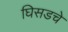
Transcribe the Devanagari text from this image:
घिसडचे